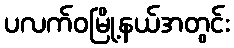
ပလက်ဝမြို့နယ်အတွင်း